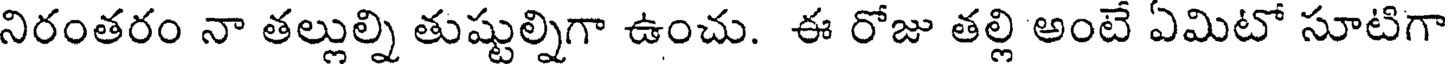
నిరంతరం నా తల్లుల్ని తుష్టుల్నిగా ఉంచు. ఈ రోజు తల్లి అంటే ఏమిటో సూటిగా